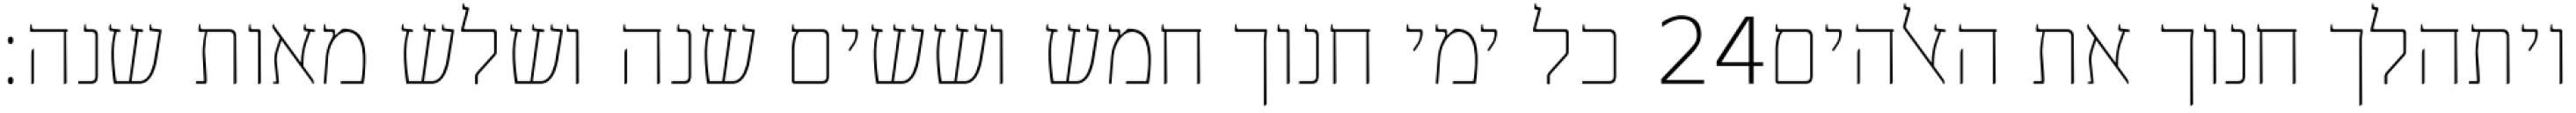
כל ימי חנוך חמש וששים שנה ושלש מאות שנה׃ ‎24‏ ויתהלך חנוך את האלהים